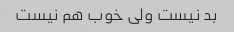
بد نیست ولی خوب هم نیست